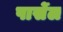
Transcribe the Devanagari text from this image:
पार्सेल